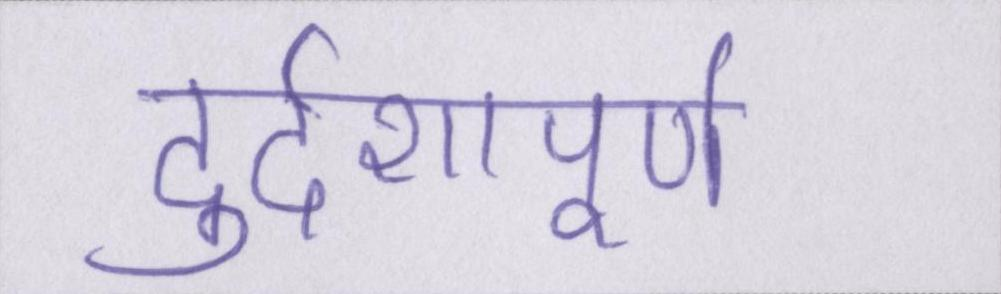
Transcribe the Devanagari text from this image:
दुर्दशापूर्ण